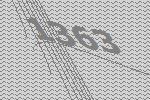
1363